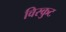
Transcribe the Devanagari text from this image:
विस्कुट